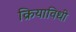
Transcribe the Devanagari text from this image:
क्रियाविधी